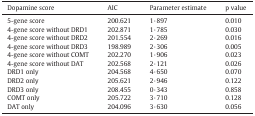
<table><thead><tr><td><b>Dopamine score</b></td><td><b>AIC</b></td><td><b>Parameter estimate</b></td><td><b>p value</b></td></tr></thead><tbody><tr><td>5-gene score</td><td>200.621</td><td>1·897</td><td>0.010</td></tr><tr><td>4-gene score without DRD1</td><td>202.871</td><td>1·785</td><td>0.030</td></tr><tr><td>4-gene score without DRD2</td><td>201.554</td><td>2·269</td><td>0.016</td></tr><tr><td>4-gene score without DRD3</td><td>198.989</td><td>2·306</td><td>0.005</td></tr><tr><td>4-gene score without COMT</td><td>202.270</td><td>1·906</td><td>0.023</td></tr><tr><td>4-gene score without DAT</td><td>202.568</td><td>2·121</td><td>0.026</td></tr><tr><td>DRD1 only</td><td>204.568</td><td>4·650</td><td>0.070</td></tr><tr><td>DRD2 only</td><td>205.621</td><td>2·946</td><td>0.122</td></tr><tr><td>DRD3 only</td><td>208.455</td><td>0·343</td><td>0.858</td></tr><tr><td>COMT only</td><td>205.722</td><td>3·710</td><td>0.128</td></tr><tr><td>DAT only</td><td>204.096</td><td>3·630</td><td>0.056</td></tr></tbody></table>